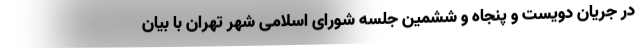
در جریان دویست و پنجاه و ششمین جلسه شورای اسلامی شهر تهران با بیان